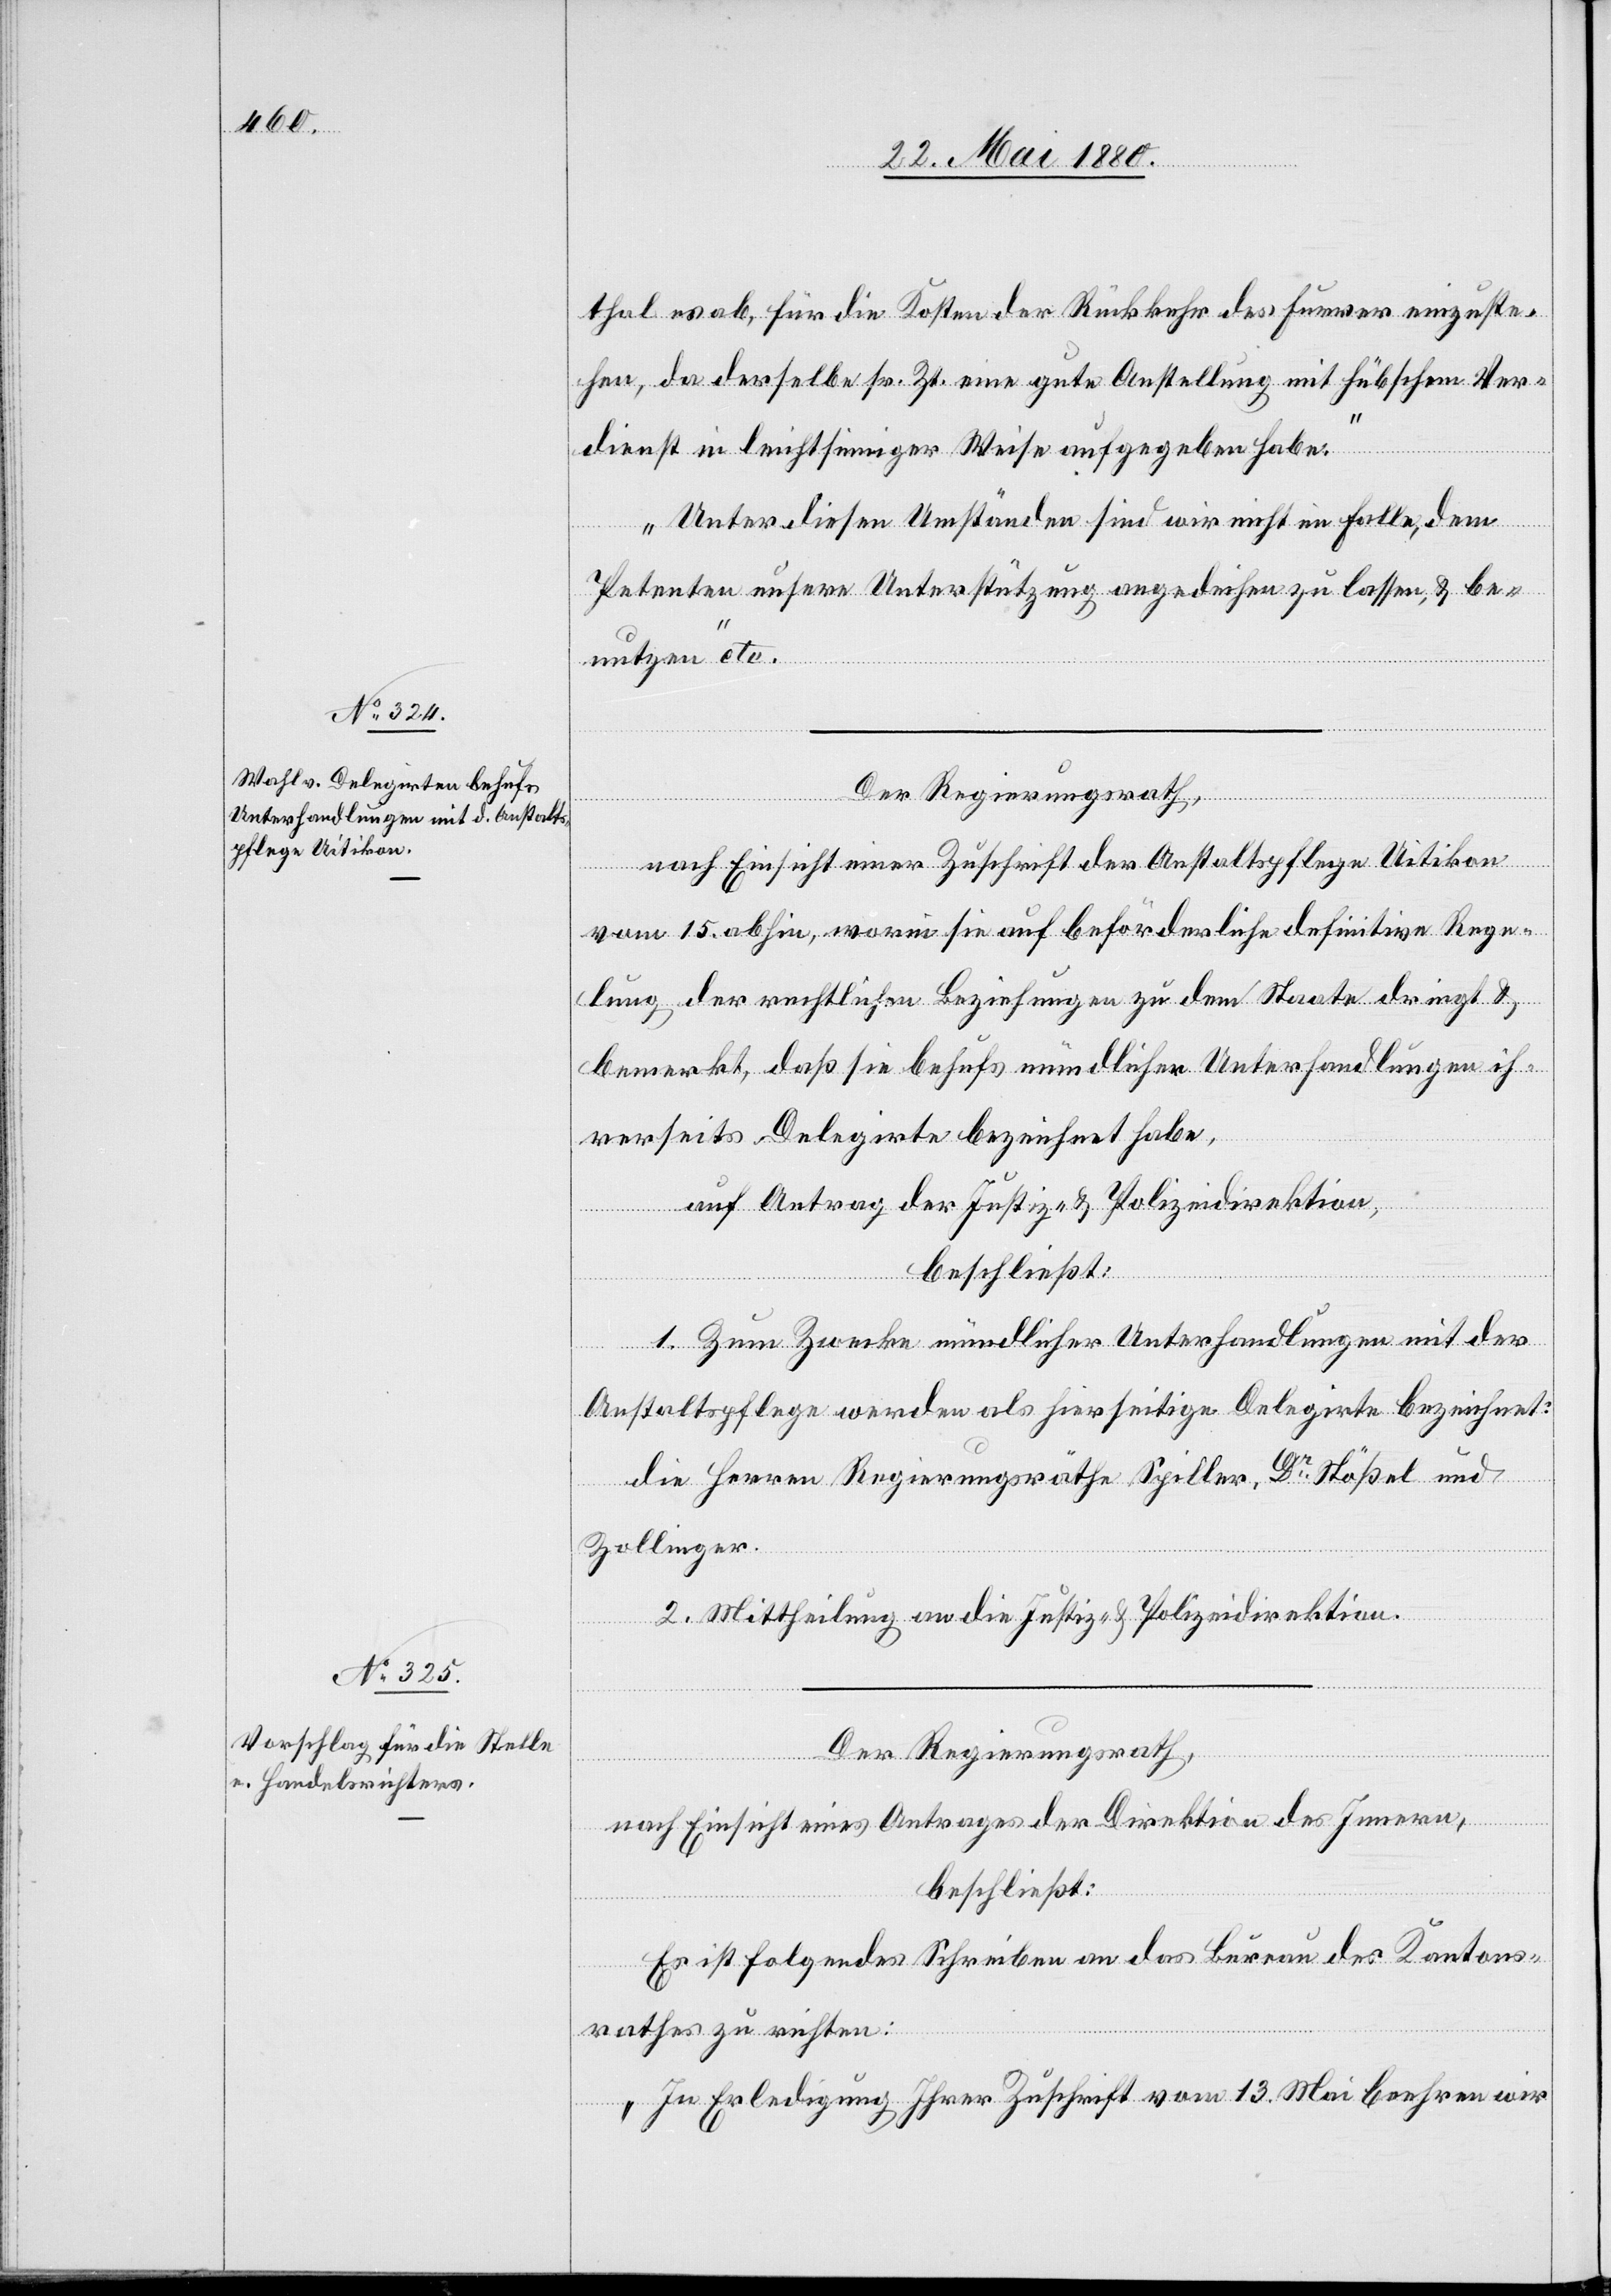
thal es ab, für die Kosten der Rückkehr des Furrer einzuste¬
hen, da derselbe sr. Zt. eine gute Anstellung mit hübschem Ver¬
dienst in leichtsinniger Weise aufgegeben habe.
Unter diesen Umständen sind wir nicht im Falle, dem
Petenten unsere Unterstützung angedeihen zu lassen, & be¬
nutzen“ etc.
Der Regierungsrath,
nach Einsicht einer Zuschrift der Anstaltspflege Uitikon,
vom 15. abhin, worin sie auf beförderliche definitive Rege¬
lung der rechtlichen Beziehungen zu dem Staate dringt &
bemerkt, daß sie behufs mündlicher Unterhandlungen ih¬
rerseits Delegirte bezeichnet habe,
auf Antrag der Justiz- & Polizeidirektion,
beschließt:
1. Zum Zwecke mündlicher Unterhandlungen mit der
Anstaltspflege werden als hierseitige Delegirte bezeichnet:
die Herren Regierungsräthe Spiller, Dr Stößel und
Zollinger.
2. Mittheilung an die Justiz- & Polizeidirektion.
Der Regierungsrath,
nach Einsicht eines Antrages der Direktion des Innern,
beschließt:
Es ist folgendes Schreiben an das Bureau des Kantons¬
rathes zu richten:
„In Erledigung Ihrer Zuschrift vom 13. Mai beehren wir